Report on sanitation, dispensaries, and jails in Rajputana for 1910, and on vaccination for the year 1910-1911 - 1910-1911
Year: 1910
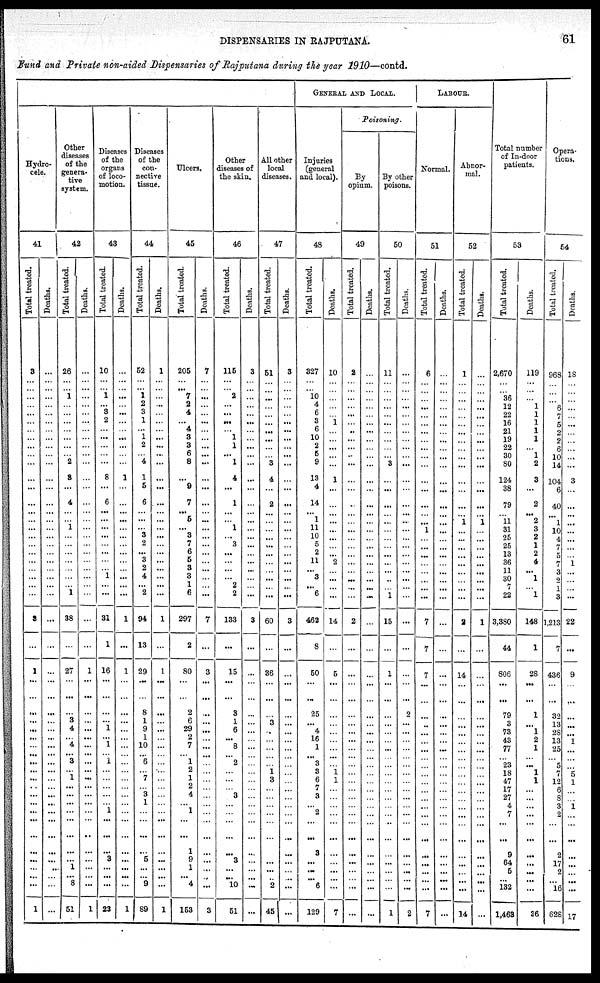
DISPENSARIES IN RAJPUTANA.
61
Fund and Private non-aided Dispensaries of Rajputana during the year 1910—contd.
Hydro-
cele.
41
Total
treated.
3
...
...
...
...
...
...
...
...
...
...
...
...
...
...
... ...
...
...
...
...
...
...
...
...
...
3
...
1
...
...
...
...
...
...
...
...
...
...
...
...
...
...
...
...
...
...
... ...
...
...
1
Deaths.
...
...
...
...
...
...
...
...
...
...
...
...
...
...
...
... ...
...
...
...
...
...
...
...
...
...
...
...
...
...
...
...
...
...
...
...
...
...
...
...
...
...
...
...
...
...
...
... ...
...
...
...
Other
diseases
of the
genera-
tive
system.
42
Total treated.
26
...
... 1
...
...
...
...
...
...
...
2
3
...
4
... ...
1
...
...
...
...
...
...
1
...
38
...
27
...
...
...
3
4
... 4
... 3
...
1
...
...
...
...
...
...
...
... 1
...
8
51
Deaths.
...
...
...
...
...
...
...
...
...
...
...
...
...
...
...
... ...
...
...
...
...
...
...
...
...
...
...
...
1
...
...
...
...
...
...
...
...
...
...
...
...
...
...
...
...
...
...
... ...
...
...
1
Diseases
of the
organs
of loco-
motion.
43
Total treated.
10
...
... 1
...
3
2
...
...
...
...
...
8
...
6
... ...
...
...
...
...
...
... 1
...
...
31
1
16
...
...
...
...
1
... 1
... 1
...
...
...
...
1
... ...
...
... 3
...
...
...
23
Deaths.
...
...
...
...
...
...
...
...
...
...
...
...
1
...
...
... ...
...
...
...
...
...
...
...
...
...
1
...
1
...
...
...
...
...
...
...
...
...
...
...
...
...
...
...
...
...
...
... ...
...
...
1
Diseases
of the
con-
nective
tissue.
44
Total treated.
52
...
... 1
2
3
1
...
1
2
...
4
1
5
6
... ...
...
3
2
... 3
2
4
...
...
94
13
29
...
...
8
1
9
1
10
... 6
...
7
...
3
1
...
...
...
...
5
...
...
9
89
Deaths.
1
...
...
...
...
...
...
...
...
...
...
...
...
...
...
... ...
...
...
...
... ...
...
...
...
...
1
...
1
...
...
...
...
...
...
...
...
...
...
...
...
...
...
...
...
...
...
... ...
...
...
1
Ulcers.
45
Total treated.
205
...
... 7
2
4
...
4
3
3
6
8
...
9
7
... 5
...
3
7
6
5
3
3
1
...
297
2
80
...
...
2
6
29
2
7
... 1
2
1
2
4
1
...
...
...
1
9
1
...
4
153
Deaths.
7
...
...
...
...
...
...
...
...
...
...
...
...
...
...
... ...
...
...
...
...
...
...
...
...
...
7
...
3
...
...
...
...
...
...
...
...
...
...
...
...
...
...
...
...
...
...
... ...
...
...
3
Other
diseases of
the skin.
46
Total treated.
115
...
... 2
...
...
...
...
1
1
...
1
4
...
1
... ...
1
... 3
...
...
...
...
2
2
133
...
15
...
...
3
1
6
... 8
... 2
...
...
...
3
...
...
...
...
...
3
...
...
10
51
Deaths.
3
...
...
...
...
...
...
...
...
...
...
...
...
...
...
... ...
...
...
...
...
...
...
...
...
...
3
...
...
...
...
...
...
...
...
...
...
...
...
...
...
...
...
...
...
...
...
... ...
...
...
...
All other
local
diseases.
47
Total treated.
51
...
...
...
...
...
...
...
...
...
...
3
4
...
2
... ...
...
...
...
...
...
...
...
...
...
60
...
36
...
...
...
3
...
...
...
...
...
1
3
...
...
...
...
...
...
... ...
...
2
45
Deaths.
3
...
...
...
...
...
...
...
...
...
...
...
...
...
...
... ...
...
...
...
...
...
...
...
...
...
3
...
...
...
...
...
...
...
...
...
...
...
...
...
...
...
...
...
...
...
...
...
...
...
...
...
GENERAL AND LOCAL.
Injuries
(general
and local).
48
Total treated.
327
...
... 10
4
6
3
6
10
2
5
9
13
...
14
... 1
11
10
5
2
11
... 3
...
6
462
8
50
...
...
25
...
4
16
1
... 3
3
6
7
3
...
2
...
...
3
... ...
...
6
129
Deaths.
10
...
...
...
...
...
1
...
...
...
...
...
1
...
...
...
...
...
...
...
... 2
...
...
...
...
14
...
5
...
...
...
...
...
...
...
...
...
1 1
...
...
...
...
...
...
...
... ...
...
...
7
Poisoning.
By
opium.
49
Total treated.
2
...
...
...
...
...
...
...
...
...
..
...
...
...
...
...
...
...
...
...
...
...
...
...
...
...
2
...
...
...
...
...
...
...
...
...
...
...
...
...
...
...
...
...
...
...
...
...
...
...
...
...
Deaths.
...
...
...
...
...
...
...
...
...
...
...
...
...
...
...
...
...
...
...
...
...
...
...
...
...
...
...
...
...
...
...
...
...
...
...
...
...
...
...
...
...
...
...
...
...
...
...
... ...
...
...
...
By other
poisons.
50
Total treated.
11
...
...
...
...
...
...
...
...
...
...
3
...
...
...
... ...
...
...
...
...
...
...
...
...
1
15
...
1
...
...
...
...
...
...
...
...
...
...
...
...
...
...
... ..
...
...
... ...
...
...
1
Deaths.
...
...
...
...
...
...
...
...
...
...
...
...
...
...
...
... ...
...
...
...
...
...
...
...
...
...
...
...
...
...
...
2
...
...
...
...
...
...
...
...
...
...
...
...
...
...
...
...
...
...
...
2
LABOUR.
Normal.
51
Total treated.
6
...
...
...
...
...
...
...
...
...
...
...
...
...
...
... ...
1
...
...
...
...
...
...
...
...
7
7
7
...
...
...
...
...
...
...
...
...
...
...
...
...
...
...
...
...
...
...
...
...
...
7
Deaths.
...
...
...
...
...
...
...
...
...
...
...
...
...
...
...
... ...
...
...
...
...
...
...
...
...
...
...
...
...
...
...
...
...
...
...
...
...
...
...
...
...
...
...
...
...
...
...
... ...
...
...
...
Abnor-
mal.
52
Total treated.
1
...
...
...
...
...
...
...
...
...
...
...
...
...
...
... 1
...
...
...
...
...
...
...
...
...
2
...
14
...
...
...
...
...
...
...
...
...
...
...
...
...
...
...
...
...
...
... ...
...
...
14
Deaths.
...
...
...
...
...
...
...
...
...
...
...
...
...
...
...
... 1
...
...
...
...
...
...
...
...
...
1
...
...
...
...
...
...
...
...
...
...
...
...
...
...
...
...
...
...
...
...
... ...
...
...
...
Total number
of In-door
patients.
53
Total treated.
2,670
...
...
36
12
22
16
21
19
22
30
80
124
38
79
... 11
31
25
25
13
36
11
30
7
22
3,380
44
806
...
...
79
3
73
43
77
...
23
18
47
17
27
4
7
...
...
9
64
5
...
132
1,463
Deaths.
119
...
...
...
1
1
1
1
1
...
1
2
3
...
2
... 2
3
2
1
2
4
... 1
...
1
148
1
28
...
...
1
...
1
2
1
...
...
1
1
...
...
...
...
...
...
...
... ...
...
...
36
Opera-
tions.
54
Total treated.
968
...
...
...
6
...
5
2
2
6
10
14
104
6
40
... 1
10
4
7
5
7
3
2
1
3
1,213
7
436
...
...
32
13
28
13
25
...
5
7
12
6
8
3
2
...
...
2
17
2
...
16
628
Deaths.
18
...
...
...
...
...
...
...
...
...
...
...
3
...
...
... ...
...
...
...
...
1
...
...
...
...
22
...
9
...
...
...
...
...
1
...
...
...
5
1
...
...
1
...
...
...
...
... ...
...
...
17